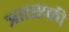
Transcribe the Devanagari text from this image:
त्रात्सकी